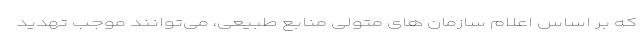
که بر اساس اعلام سازمان های متولی منابع طبیعی، می‌توانند موجب تهدید